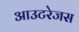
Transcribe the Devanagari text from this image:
आउटरेजस